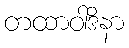
တထာဝါဒိနာ